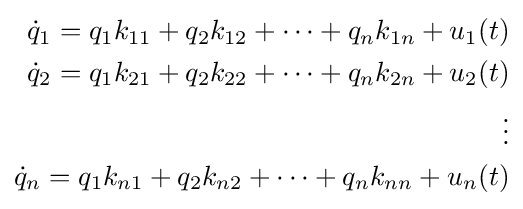
{\begin{aligned}{\dot {q}}_{1}=q_{1}k_{11}+q_{2}k_{12}+\cdots +q_{n}k_{1n}+u_{1}(t)\\{\dot {q}}_{2}=q_{1}k_{21}+q_{2}k_{22}+\cdots +q_{n}k_{2n}+u_{2}(t)\\\vdots \\{\dot {q}}_{n}=q_{1}k_{n1}+q_{2}k_{n2}+\cdots +q_{n}k_{nn}+u_{n}(t)\end{aligned}}